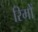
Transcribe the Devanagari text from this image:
रिमों